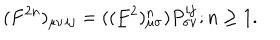
( F ^ { 2 n } ) _ { \mu \nu } { } _ { i j } = ( ( \underline { { { F } } } ^ { 2 } ) _ { \mu \sigma } ^ { n } ) P _ { \sigma \nu } ^ { i j } ; n \ge 1 .